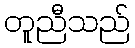
တူညီသည်